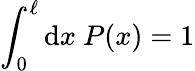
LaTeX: \int_{0}^{\ell}\mathrm{d}x~P(x)=1